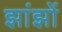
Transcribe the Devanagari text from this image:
झांझों